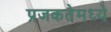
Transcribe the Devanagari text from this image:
प्रजकतेमध्ये